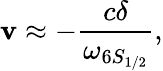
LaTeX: \mathbf{v}\approx-\frac{{c\delta}}{{\omega_{6S_{1/2}}}},